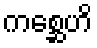
ကစ္ဆေဟိ